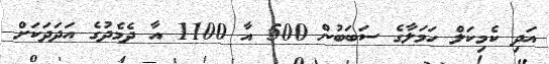
އަދި ކެމިކަލް ހަމަލާގެ ސަބަބުން 500 އާ 1100 އާ ދެމެދުގެ އަދަދަކަށް